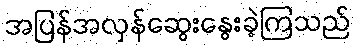
အပြန်အလှန်ဆွေးနွေးခဲ့ကြသည်